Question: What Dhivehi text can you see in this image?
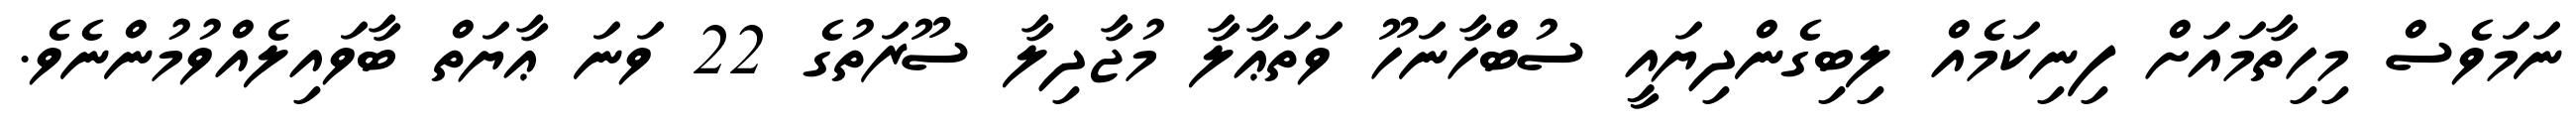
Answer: ނަމަވެސް މިހިތާމައަށް ފިނިކަމެއް ލިބިގެންދިޔައީ ސުބްހާނަހޫ ވަތަޢާލާ މުޖާދިލާ ސޫރަތުގެ 22 ވަނަ ޢާޔަތް ބާވައިލެއްވުމުންނެވެ.